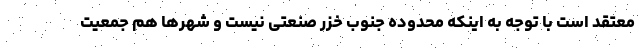
معتقد است با توجه به اینکه محدوده جنوب خزر صنعتی نیست و شهرها هم جمعیت